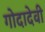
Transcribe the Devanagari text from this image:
गोदादेवी